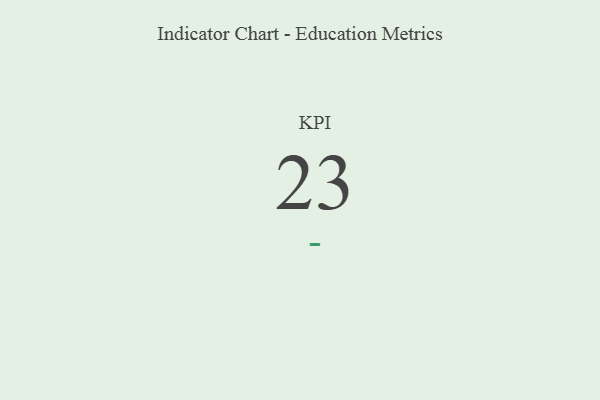
{"axis": {"x": "KPI", "y": "Value"}, "legend": [""], "data": [{"x": "KPI", "y": 23, "type": ""}]}